Civil Veterinary Department Bengal reports 1923-33 - 1923-1933
Year: 1923
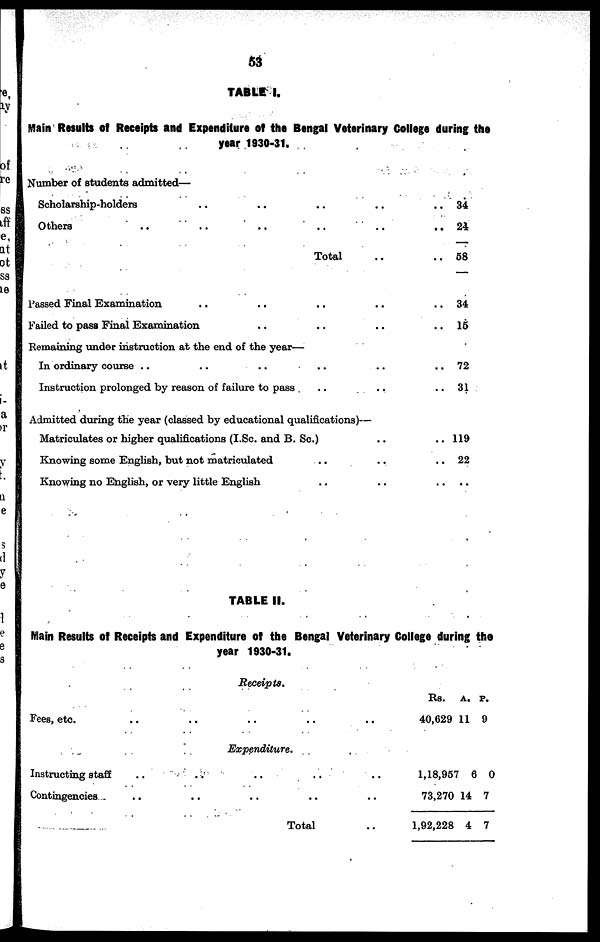
53
TABLE I.
Main Results of Receipts and Expenditure of the Bengal Veterinary College during the
year 1930-31.
Number of students admitted—
Scholarship-holders .. .. .. .. .. ..
Others
..
..
..
..
..
..
Total .. ..
Passed Final Examination .. .. .. .. ..
Failed to pass Final Examination .. .. .. ..
Remaining under instruction at the end of the year—
In ordinary course .. .. .. .. .. .. ..
Instruction prolonged by reason of failure to pass .. .. .. ..
Admitted during the year (classed by educational qualifications)—
Matriculates or higher qualifications (I.Sc. and B. Sc.) .. ..
Knowing some English, but not matriculated .. .. ..
Knowing no English, or very little English .. .. ..
34
24
68
34
15
72
31
119
22
..
TABLE II.
Main Results of Receipts and Expenditure of the Bengal Veterinary College during the
year 1930-31.
Receipts.
Fees, etc. .. .. .. .. ..
Instructing staff .. .. .. .. ..
Contingencies
.. .. .. .. ..
Expenditure.
Total ..
Rs.
40,629
1,18,957
73,270
1,92,228
A.
11
6
14
4
p.
9
0
7
7